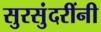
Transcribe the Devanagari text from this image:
सुरसुंदरींनी